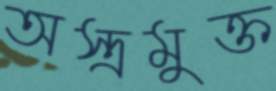
অস্ত্রমুক্ত